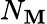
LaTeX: N_{\mathbf{M}}